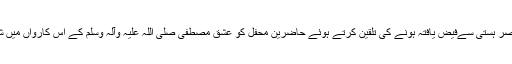
انہوں نے شیخ الاسلام کی ہمہ جہت شخصیت اور نابغہ عصر ہستی سےفیض یافتہ ہونے کی تلقین کرتے ہوئے حاضرین محفل کو عشق مصطفی صلی اللہ علیہ وآلہ وسلم کے اس کارواں میں شمولیت کی دعوت دیتے ہوئے رقت آمیز لہجہ میں دعاکی۔